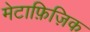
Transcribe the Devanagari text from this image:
मेटाफ़िज़िक